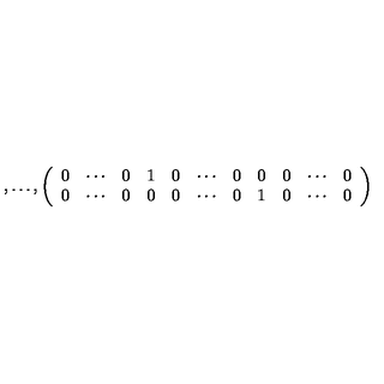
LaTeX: , \ldots , \left( \begin{array} { c c c c c c c c c c c } { 0 } & { \cdots } & { 0 } & { 1 } & { 0 } & { \cdots } & { 0 } & { 0 } & { 0 } & { \cdots } & { 0 } \\ { 0 } & { \cdots } & { 0 } & { 0 } & { 0 } & { \cdots } & { 0 } & { 1 } & { 0 } & { \cdots } & { 0 } \\ \end{array} \right)